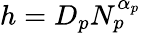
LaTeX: h=D_{p}N_{p}^{\alpha_{p}}